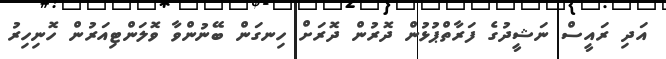
އަދި ރައީސް ނަޝީދުގެ ފަރާތްޕުޅުން ދޮރުން ދޮރަށް ހިނގަން ބޭނުންވާ ވޮލަންޓިއަރުން ހޮނިހިރު